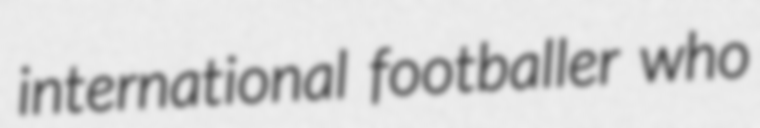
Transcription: international footballer who